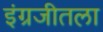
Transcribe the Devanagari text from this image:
इंग्रजीतला